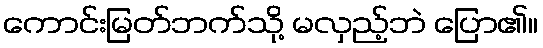
ကောင်းမြတ်ဘက်သို့ မလှည့်ဘဲ ပြော၏။